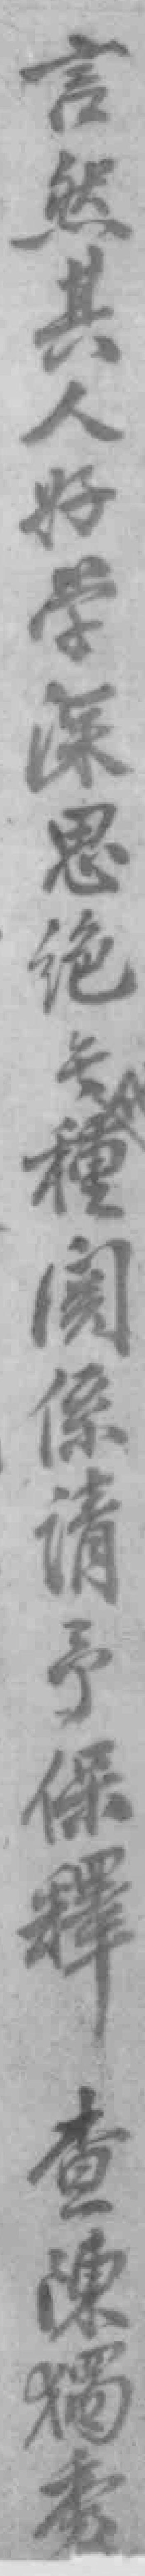
言然其人好学深思絕無種關係請予保釋查陳獨秀